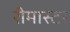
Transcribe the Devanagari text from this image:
रीमास्टर